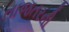
તાજતરની